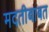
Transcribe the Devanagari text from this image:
मदतीबाबत